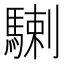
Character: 𩤲